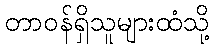
တာဝန်ရှိသူများထံသို့